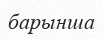
барынша